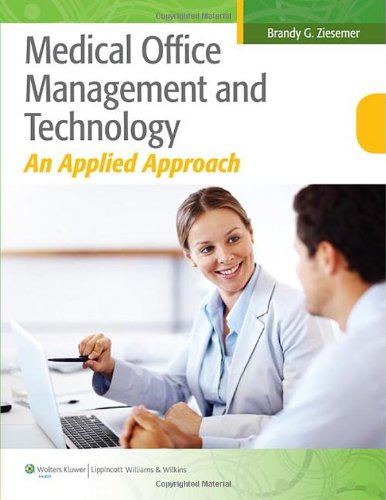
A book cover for Medical Office Management and Technology: An Applied Approach; Brandy Ziesemer MA  RHIA  CCS; Medical Books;